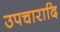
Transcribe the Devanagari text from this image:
उपचारादि